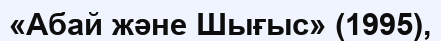
«Абай және Шығыс» (1995),